Indian journal of veterinary science and animal husbandry - Volumes 24-25, 1954-1955
Year: 1954
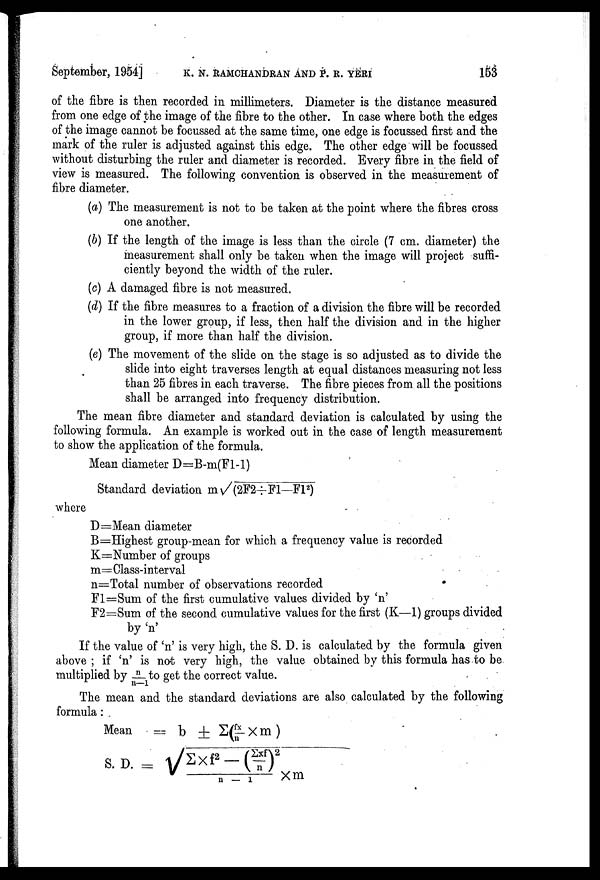
September, 1954] K. N. RAMCHANDRAN AND P. R. YERI 153
of the fibre is then recorded in millimeters. Diameter is the distance measured
from one edge of the image of the fibre to the other. In case where both the edges
of the image cannot be focussed at the same time, one edge is focussed first and the
mark of the ruler is adjusted against this edge. The other edge will be focussed
without disturbing the ruler and diameter is recorded. Every fibre in the field of
view is measured. The following convention is observed in the measurement of
fibre diameter.
(a) The measurement is not to be taken at the point where the fibres cross
one another.
(b) If the length of the image is less than the circle (7 cm. diameter) the
measurement shall only be taken when the image will project suffi
ciently beyond the width of the ruler.
(c) A damaged fibre is not measured.
(d) If the fibre measures to a fraction of a division the fibre will be recorded
in the lower group, if less, then half the division and in the higher
group, if more than half the division.
(e) The movement of the slide on the stage is so adjusted as to divide the
slide into eight traverses length at equal distances measuring not less
than 25 fibres in each traverse. The fibre pieces from all the positions
shall be arranged into frequency distribution.
The mean fibre diameter and standard deviation is calculated by using the
following formula. An example is worked out in the case of length measurement
to show the application of the formula.
Mean diameter D=B-m(F1-1)
Standard deviation m√(2F2÷F1—F1 2 )
where
D=Mean diameter
B=Highest group-mean for which a frequency value is recorded
K=Number of groups
m=Class-interval
n=Total number of observations recorded
F1=Sum of the first cumulative values divided by 'n'
F2=Sum of the second cumulative values for the first (K—1) groups divided
by 'n'
If the value of 'n' is very high, the S. D. is calculated by the formula given
above ; if 'n' is not very high, the value obtained by this formula has to be.
multiplied by n/n—1 to get the correct value.
The mean and the standard deviations are also calculated by the following
formula : .
Mean = ± Σ(fx/n X m)
n
S. D. = √Σ X f 2 —(Σxf) 2 /n — 1 x m